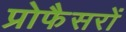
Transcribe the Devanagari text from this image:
प्रोफैसरों